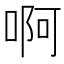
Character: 啊